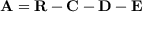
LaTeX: \mathbf { A } = \mathbf { R } - \mathbf { C } - \mathbf { D } - \mathbf { E }